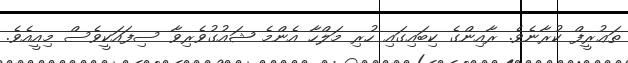
ތަޢުރީފް ކުރާނެވެ. ރާއިންގެ ކިބައިގައި ހުރި މަލްހާ އެންމެ ޝައުގުވެރިވާ ސިފައަކީވެސް މިއީއެވެ.